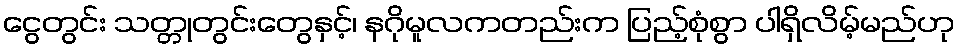
ငွေတွင်း သတ္တုတွင်းတွေနှင့်၊ နဂိုမူလကတည်းက ပြည့်စုံစွာ ပါရှိလိမ့်မည်ဟု